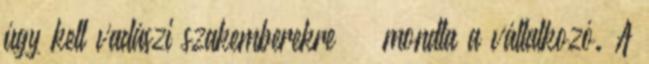
úgy kell vadászi szakemberekre” – mondta a vállalkozó. A